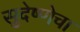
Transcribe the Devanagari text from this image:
सुदेष्णेचा